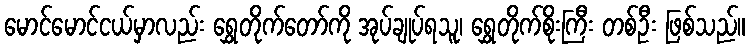
မောင်မောင်ငယ်မှာလည်း ရွှေတိုက်တော်ကို အုပ်ချုပ်ရသူ၊ ရွှေတိုက်စိုးကြီး တစ်ဦး ဖြစ်သည်။